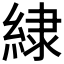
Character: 𮈡